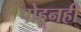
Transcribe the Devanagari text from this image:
पोहूनही